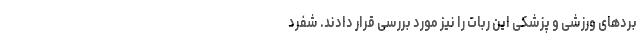
برد‌های ورزشی و پزشکی این ربات را نیز مورد بررسی قرار دادند. شفرد